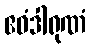
ဧဝံဒါရုဏံ